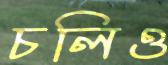
চলিও